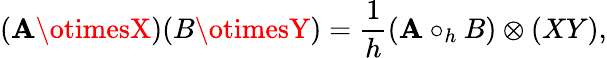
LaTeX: (\mathbf{A}\otimesX)(B\otimesY)=\frac{{1}}{{h}}(\mathbf{A}\circ_{h}B)\otimes(XY),